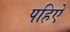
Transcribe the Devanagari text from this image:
पहिऐ